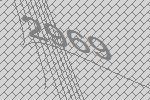
2969